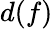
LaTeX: d(f)